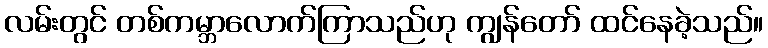
လမ်းတွင် တစ်ကမ္ဘာလောက်ကြာသည်ဟု ကျွန်တော် ထင်နေခဲ့သည်။